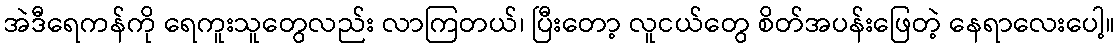
အဲဒီရေကန်ကို ရေကူးသူတွေလည်း လာကြတယ်၊ ပြီးတော့ လူငယ်တွေ စိတ်အပန်းဖြေတဲ့ နေရာလေးပေါ့။